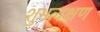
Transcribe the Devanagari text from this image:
शुभलक्षण